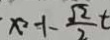
x ^ { 2 } - 1 - \frac { \sqrt { 2 } } { 2 } t